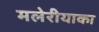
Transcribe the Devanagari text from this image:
मलेरीयाका